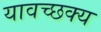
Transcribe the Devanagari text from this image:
यावच्छक्य